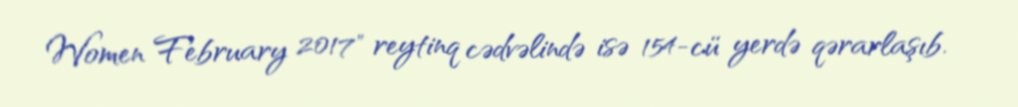
Women February 2017" reytinq cədvəlində isə 154-cü yerdə qərarlaşıb.